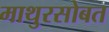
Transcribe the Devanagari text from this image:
माथुरसोबत